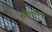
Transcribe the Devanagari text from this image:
कर्णिकांकडून